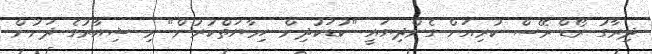
ދިރާގު ރޯޑް ރޭސް ކުރިއަށް ގެންދިޔައީ "ކުޑަކުދިން ހިމާޔަތްކުރުން" މި ޝިއާރުގެ ދަށުން